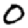
Digit: 0